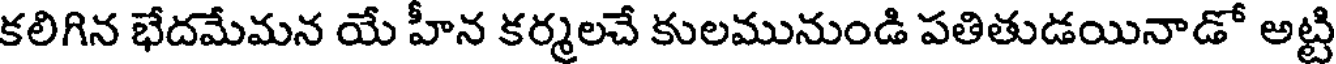
కలిగిన భేదమేమన యే హీన కర్మలచే కులమునుండి పతితుడయినాడో అట్టి